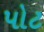
પોટ